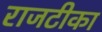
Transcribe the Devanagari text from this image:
राजटीका